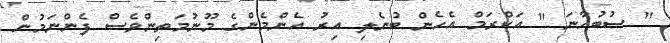
" ސުބުހާނަ " އަކްރަމް އެހެން ބުނެލި އިރު އެންމެންގެ މޫނުމަތިންވެސް ފެންނަމުން